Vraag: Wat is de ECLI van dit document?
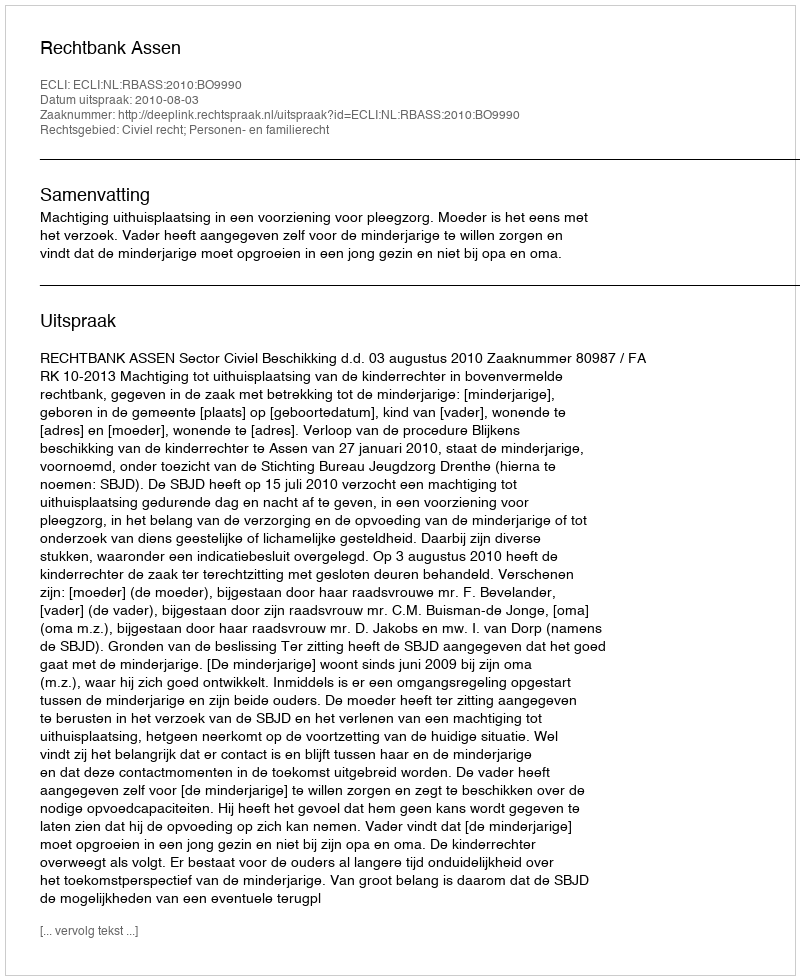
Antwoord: ECLI:NL:RBASS:2010:BO9990